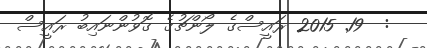
:  19